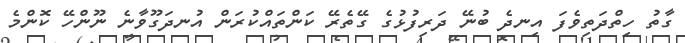
ގާތު ހިތްދަތިވެފަ އިނދެ ބުނޭ ދަރިފުޅުގެ ގޭތެރޭ ކަންތައްކުރަން އުނދަގޫވާނެ ނޫންހޭ ކޮންމެ